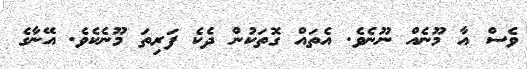
ވެސް އާ މޫނެއް ނޫނެވެ. އެތައް ގޮތަކުން ދެކެ ފަރިތަ މޫނެކެވެ. އޭނާގެ